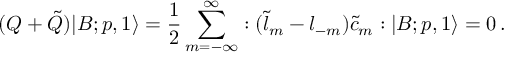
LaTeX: ( { \cal Q } + \tilde { \cal Q } ) | B ; p , 1 \rangle = \frac { 1 } { 2 } \sum _ { m = - \infty } ^ { \infty } : ( \tilde { l } _ { m } - { l } _ { - m } ) \tilde { c } _ { m } : | B ; p , 1 \rangle = 0 \, .